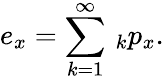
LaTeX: e_{x}=\sum_{k=1}^{\infty}{}\, _{k}p_{x}.